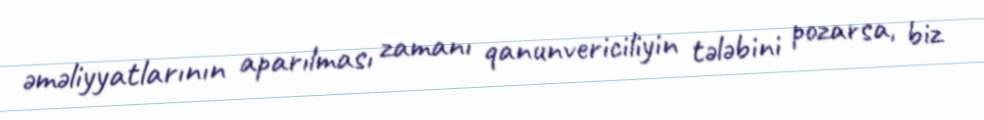
əməliyyatlarının aparılması zamanı qanunvericiliyin tələbini pozarsa, biz